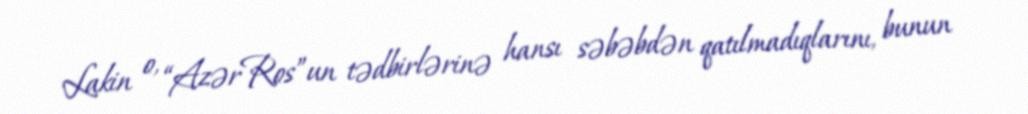
Lakin o, “AzərRos”un tədbirlərinə hansı səbəbdən qatılmadıqlarını, bunun